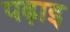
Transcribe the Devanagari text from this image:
पढ़ाइ